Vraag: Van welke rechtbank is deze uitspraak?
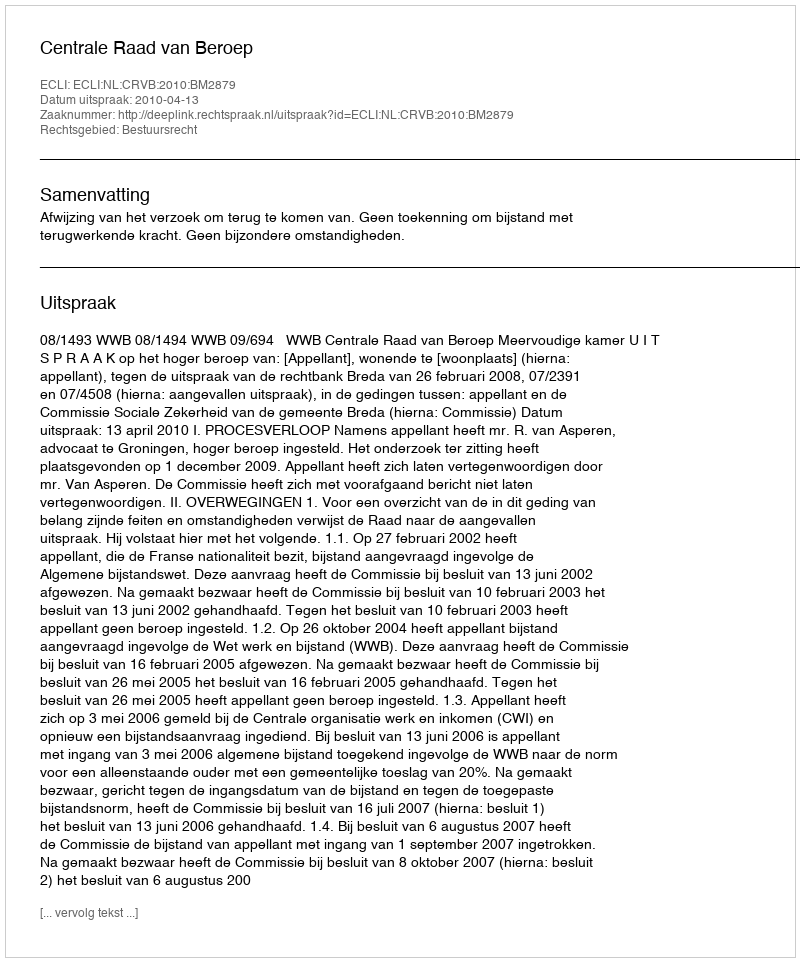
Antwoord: Centrale Raad van Beroep